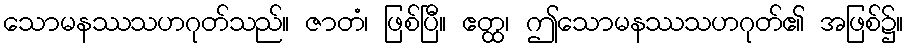
သောမနဿသဟဂုတ်သည်။ ဇာတံ၊ ဖြစ်ပြီ။ ဧတ္ထ၊ ဤသောမနဿသဟဂုတ်၏ အဖြစ်၌။